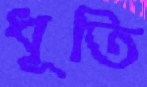
ধূতি